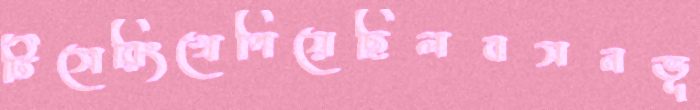
টিসেরিংখেপিয়েছিলবসনভূ